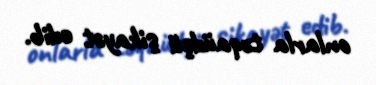
onlarla təqaüdçü şikayət edib.